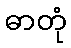
ဓာတုံ